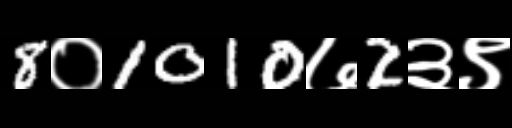
Text: 8०1010७2३९